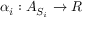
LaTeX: \alpha _ { i } : A _ { S _ { i } } \rightarrow R